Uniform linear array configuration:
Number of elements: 64
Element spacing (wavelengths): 0.25
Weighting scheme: kaiser
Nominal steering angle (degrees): -30
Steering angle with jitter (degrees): -30.408
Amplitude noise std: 0.05
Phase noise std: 0.05

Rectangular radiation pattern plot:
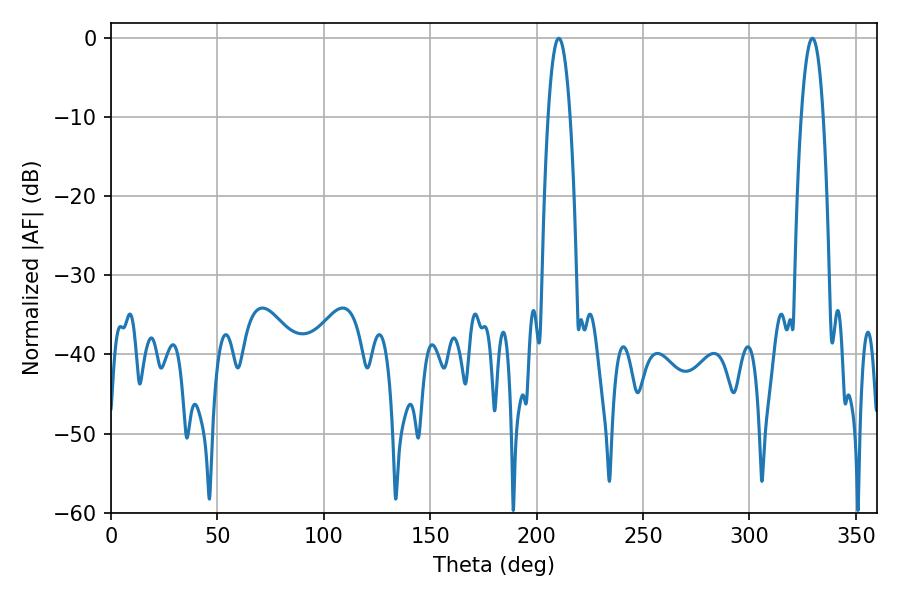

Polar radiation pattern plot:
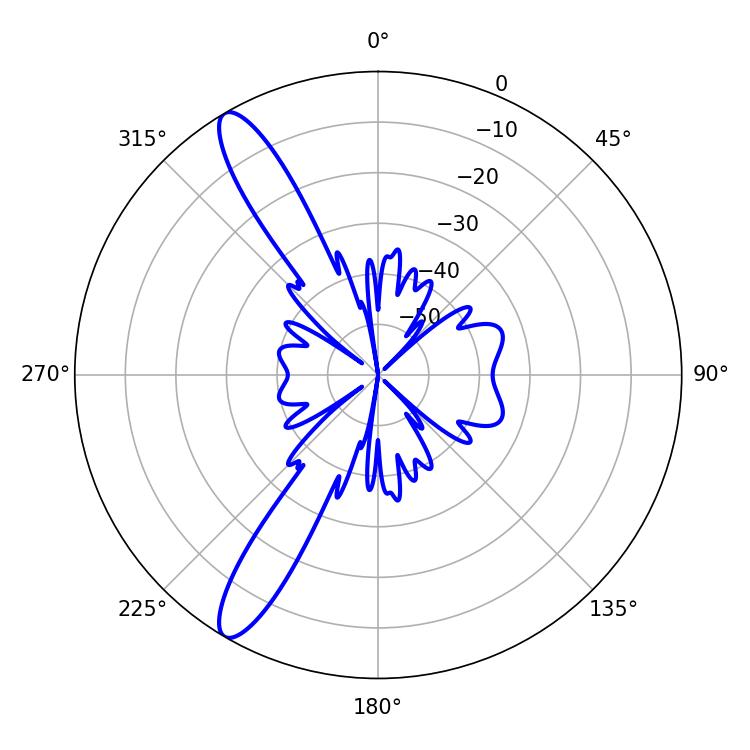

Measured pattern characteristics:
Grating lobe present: FALSE
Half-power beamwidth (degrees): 5.76
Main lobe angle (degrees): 210.42